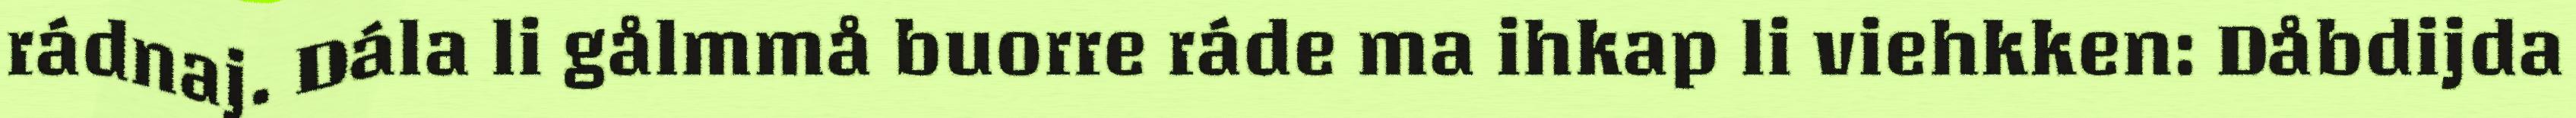
rádnaj. Dála li gålmmå buorre ráde ma ihkap li viehkken: Dåbdijda